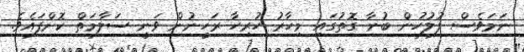
ނަމަވެސް ފުލުހުން ބުނާ ގޮތުގައި މިހާރު ހުރިހާ ރަހީނުން ވަނީ ސަލާމަތް ކޮށްފައެވެ.